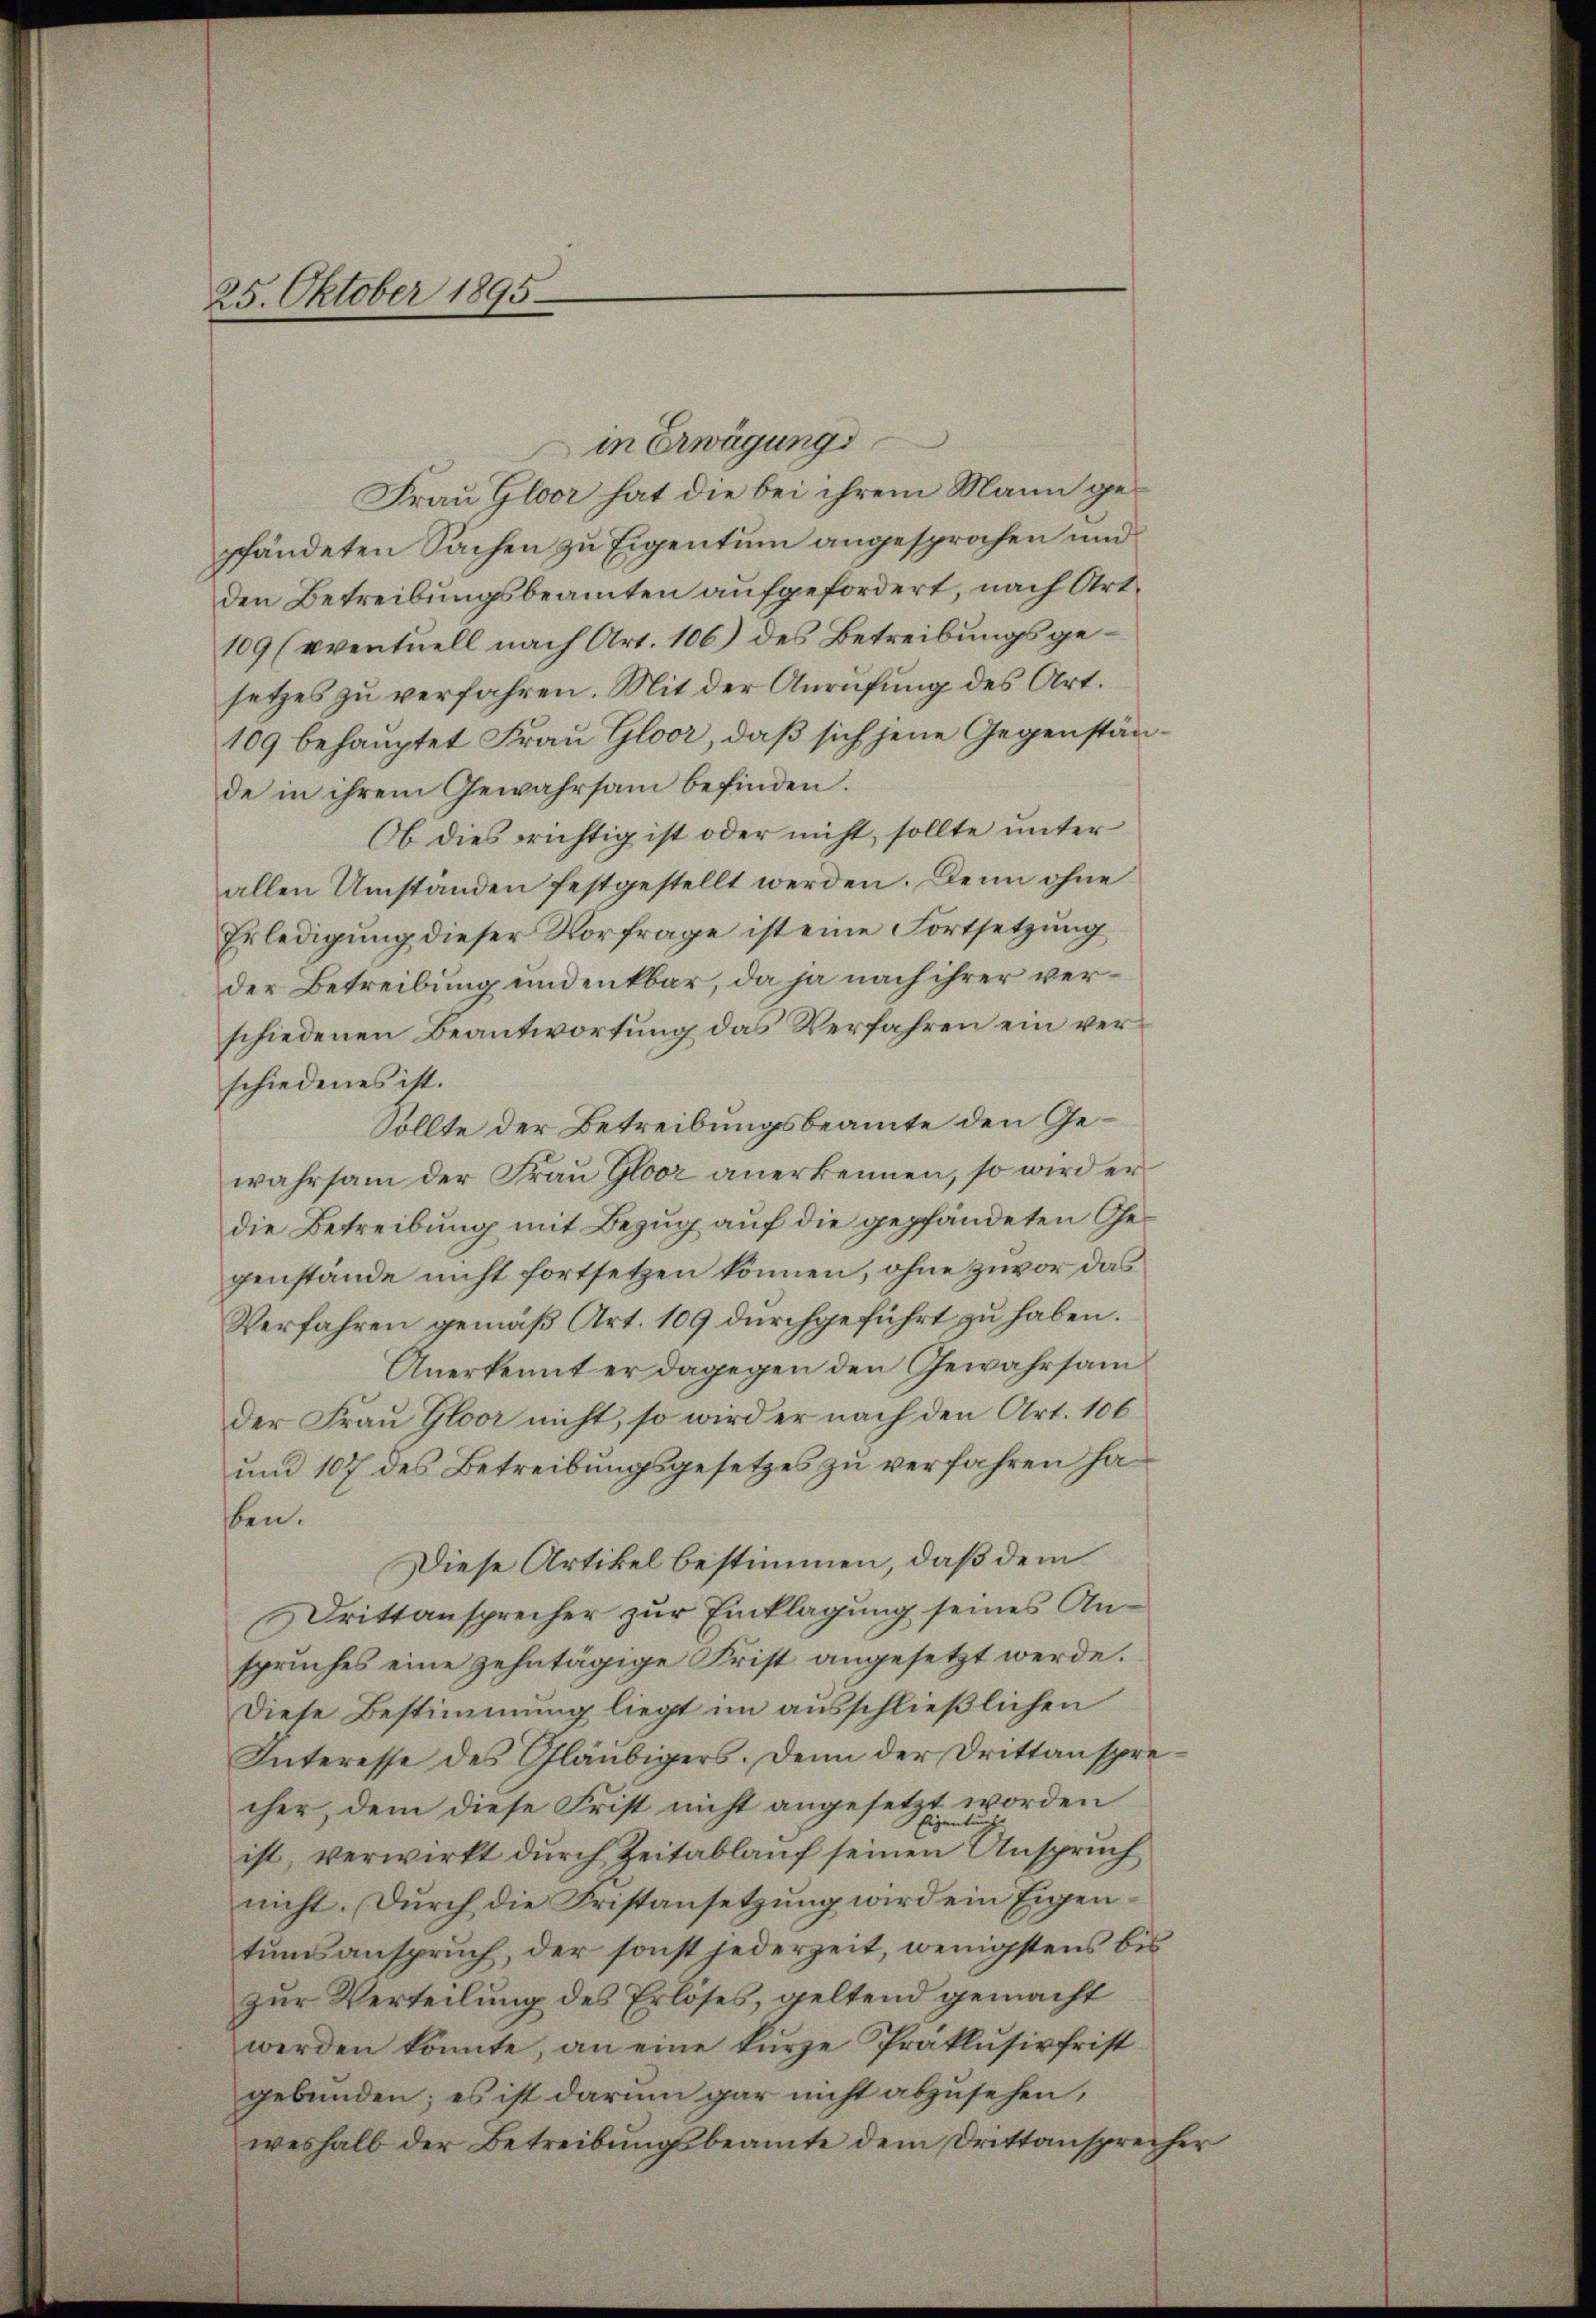
25. Oktober 1895.

in Erwägungs
Frau Gloor hat die bei ihrem Mann gepfändeten Sachen zu Eigentum angesprochen und
den Betreibungsbeamten aufgefordert, nach Art.
109 (eventuell nach Art. 106) des Betreibungsgesetzes zu verfahren. Mit der Anrufung des Art.
109 behauptet Frau Gloor, daß sich jene Gegenstände in ihrem Gewahrsam befinden.
Ob dies richtig ist oder nicht, sollte unter
allen Umständen festgestellt werden. Denn ohne
Erledigung dieser Vorfrage ist eine Fortsetzung
der Betreibung undenkbar, da ja nach ihrer verschiedenen Beantwortung das Verfahren ein verschiedenes ist.
Sollte der Betreibungsbeamte den Gewahrsam der Frau Gloor anerkennen, so wird er
die Betreibung mit Bezug auf die gepfändeten Gegenstände nicht fortsetzen können, ohne zuvor das
Verfahren gemäß Art. 109 durchgeführt zu haben.
Anerkennt er dagegen den Gewahrsam
der Frau Gloor nicht, so wird er nach den Art. 106
und 107 des Betreibungsgesetzes zu verfahren haben.
Diese Artikel bestimmen, daß dem
Drittansprecher zur Einklagung seines Anspruches eine zehntägige Frist angesetzt werde.
Diese Bestimmung liegt im ausschließlichen
Interesse des Gläubigers. Denn der Drittansprecher, dem diese Frist nicht angesetzt worden
Eigentung
ist, verwirkt durch Zeitablauf seinen Anspruch
nicht. Durch die Fristansetzung wird ein Eigentumsanspruch, der sonst jederzeit, wenigstens bis
zur Verteilung des Erlöses, geltend gemacht
werden könnte, an eine kurze Präklusivfrist
gebunden; es ist darum gar nicht abzusehen,
weshalb der Betreibungsbeamte dem Drittansprecher